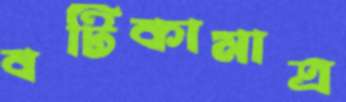
বটিকামাত্র